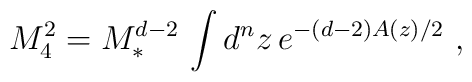
M_4^2=M^{d-2}_*\,\int d^nz\,e^{-(d-2)A(z)/2}\ ,